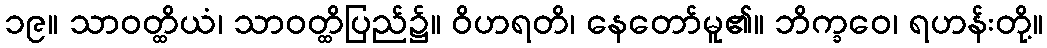
၁၉။ သာဝတ္ထိယံ၊ သာဝတ္ထိပြည်၌။ ဝိဟရတိ၊ နေတော်မူ၏။ ဘိက္ခဝေ၊ ရဟန်းတို့။